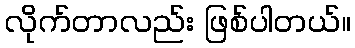
လိုက်တာလည်း ဖြစ်ပါတယ်။